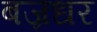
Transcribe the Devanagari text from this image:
बज्रधर